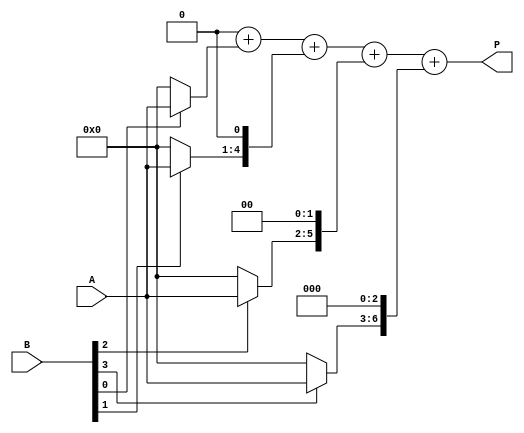
module array_multiplier #(parameter m = 4, n = 4) (
    input [m-1:0] A,      // Multiplicand
    input [n-1:0] B,      // Multiplier
    output reg [m+n-1:0] P // Product
);

    // Partial products array
    reg [m+n-1:0] partial_products[n-1:0];

    integer i, j;

    // Generate partial products
    always @(*) begin
        // Initialize the product to zero
        P = 0;

        // Generate partial products
        for (i = 0; i < n; i = i + 1) begin
            partial_products[i] = (B[i] ? A : 0) << i; // Shift A by i if B[i] is 1
        end

        // Sum the partial products
        for (j = 0; j < n; j = j + 1) begin
            P = P + partial_products[j];
        end
    end

endmodule